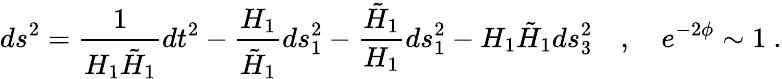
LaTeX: ds^{2}=\frac{1}{H_{1}\tilde{H}_{1}}dt^{2}-\frac{H_{1}}{\tilde{H}_{1}}ds_{1}^{2}-\frac{\tilde{H}_{1}}{H_{1}}ds_{1}^{2}-H_{1}\tilde{H}_{1}ds_{3}^{2}\quad,\quad e^{-2\phi}\sim 1\ .